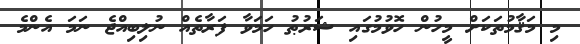
މި މަޤާމުތަކަށް މީހުން ހޮވުމުގައި ޝަރުޠު ހަމަވާ ފަރާތެއް ނުލިބިއްޖެ ނަމަ އެންމެ